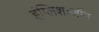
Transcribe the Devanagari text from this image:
इंग्लिशःजॉन